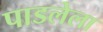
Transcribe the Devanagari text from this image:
पाडलेला